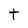
Character: t